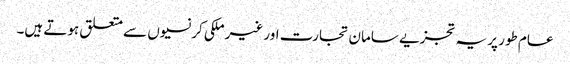
عام طور پر یہ تجزیے سامان تجارت اور غیر ملکی کرنسیوں سے متعلق ہوتے ہیں۔